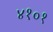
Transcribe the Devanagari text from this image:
४१०१